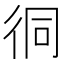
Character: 㣚